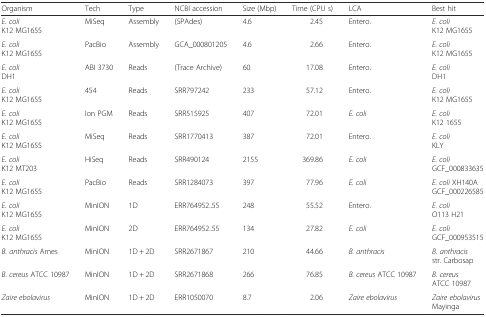
| Organism | Tech | Type | NCBI accession | Size (Mbp) | Time (CPU s) | LCA | Best hit |
 | --- | --- | --- | --- | --- | --- | --- | --- |
 | E. coliK12 MG1655 | MiSeq | Assembly | (SPAdes) | 4.6 | 2.45 | Entero. | E. coliK12 MG1655 |
 | E. coliK12 MG1655 | PacBio | Assembly | GCA_000801205 | 4.6 | 2.66 | Entero. | E. coliK12 MG1655 |
 | E. coliDH1 | ABI 3730 | Reads | (Trace Archive) | 60 | 17.08 | Entero. | E. coliDH1 |
 | E. coliK12 MG1655 | 454 | Reads | SRR797242 | 233 | 57.12 | Entero. | E. coliK12 MG1655 |
 | E. coliK12 MG1655 | Ion PGM | Reads | SRR515925 | 407 | 72.01 | E. coli | E. coliK12 1655 |
 | E. coliK12 MG1655 | MiSeq | Reads | SRR1770413 | 387 | 72.01 | Entero. | E. coliKLY |
 | E. coliK12 MT203 | HiSeq | Reads | SRR490124 | 2155 | 369.86 | E. coli | E. coliGCF_000833635 |
 | E. coliK12 MG1655 | PacBio | Reads | SRR1284073 | 397 | 77.96 | E. coli | E. coli XH140A GCF_000226585 |
 | E. coliK12 MG1655 | MinION | 1D | ERR764952..55 | 248 | 55.52 | Entero. | E. coliO113 H21 |
 | E. coliK12 MG1655 | MinION | 2D | ERR764952..55 | 134 | 27.82 | E. coli | E. coli GCF_000953515 |
 | B. anthracis Ames | MinION | 1D + 2D | SRR2671867 | 210 | 44.66 | B. anthracis | B. anthracisstr. Carbosap |
 | B. cereus ATCC 10987 | MinION | 1D + 2D | SRR2671868 | 266 | 76.85 | B. cereus ATCC 10987 | B. cereusATCC 10987 |
 | Zaire ebolavirus | MinION | 1D + 2D | ERR1050070 | 8.7 | 2.06 | Zaire ebolavirus | Zaire ebolavirus Mayinga |